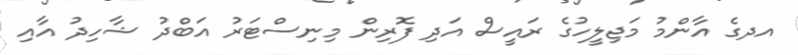
އދގެ އާންމު މަޖިލީހުގެ ރައީސް އަދި ފޮރިން މިނިސްޓަރު އަބްދު ޝާހިދު އާއި